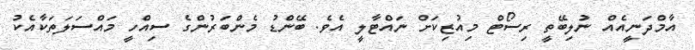
އާމްދަނީއެއް ނުލިބޭތީ ރިސޯޓް މިއުޒިކަށް ނައްޓާލީ އެވެ. ބޭންޑު މެންބަރުންގެ ސިއްހީ މައްސަލަތަކާއެކު